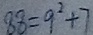
8 8 = 9 ^ { 2 } + 7